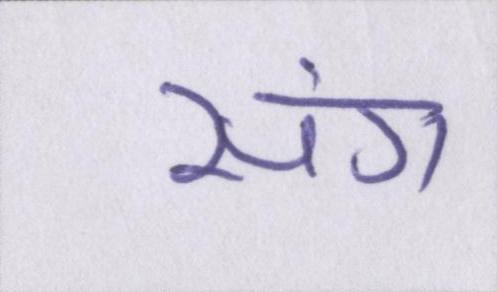
संग